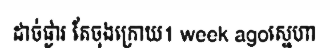
ដាច់ផ្ងារ តែចុងក្រោយ1 week agoស្នេហា